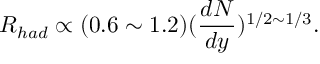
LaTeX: R _ { h a d } \propto ( 0 . 6 \sim 1 . 2 ) ( \frac { d N } { d y } ) ^ { 1 / 2 \sim 1 / 3 } .